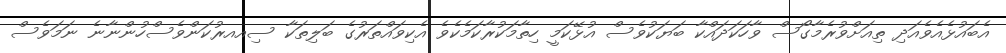
އެބައުޅެއެވެއަދި ތިއަށްވުރެމާގޯސް ވާހަކަދައްކާ ބަޔަކުވެސް އުޅޭކަމީ ހިތާމަކުރާކަމެކެވެ އެކިވައްތަރުގެ ބަލިތަކާ ސިއއރުކަންވެސްހުންނާނެ ނަމަވެސް